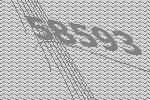
58593